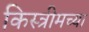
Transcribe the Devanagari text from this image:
किस्त्रीमच्या